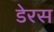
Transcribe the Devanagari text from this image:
डेरस